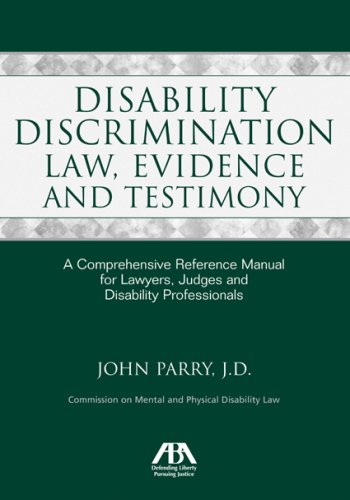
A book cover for Disability Discrimination Law, Evidence and Testimony: A Comprehensive Reference Manual for Lawyers, Judges and Disability Professionals; John Parry; Law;